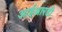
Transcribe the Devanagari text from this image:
आईआरडी